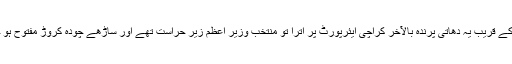
نصف شب کے قریب یہ دھاتی پرندہ بالآخر کراچی ایئرپورٹ پر اترا تو منتخب وزیر اعظم زیر حراست تھے اور ساڑھے چودہ کروڑ مفتوح ہو چکے تھے۔